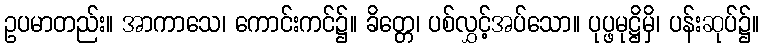
ဥပမာတည်း။ အာကာသေ၊ ကောင်းကင်၌။ ခိတ္တေ၊ ပစ်လွှင့်အပ်သော။ ပုပ္ဖမုဋ္ဌိမှိ၊ ပန်းဆုပ်၌။